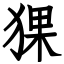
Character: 猓